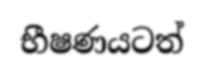
භීෂණයටත්